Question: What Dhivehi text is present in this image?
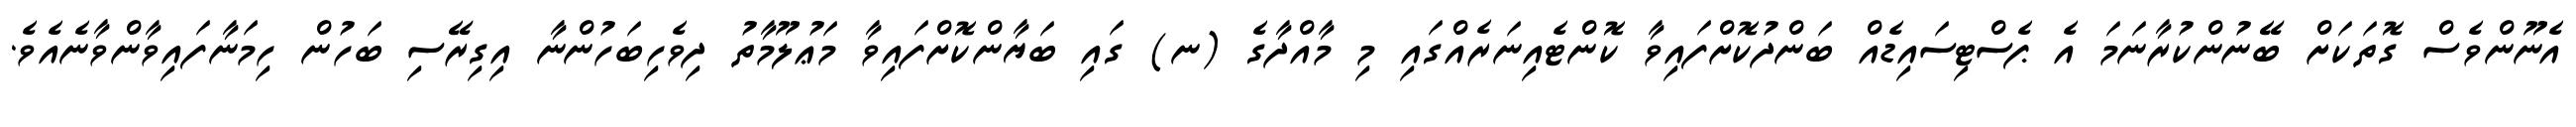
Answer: އެނޫންވެސް ގޮތަކަށް ބޭނުންކުރާނަމަ އެ ޕެސްޓިސައިޑެއް ބަންދުކޮށްފައިވާ ކޮންޓެއިނަރެއްގައި މި މާއްދާގެ (ނ) ގައި ބަޔާންކޮށްފައިވާ މަޢުލޫމާތު ދިވެހިބަހުންނާ އިގިރޭސި ބަހުން ހިމަނާފައިވާންވާނެއެވެ.